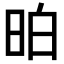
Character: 𣆆